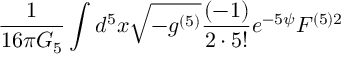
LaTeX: \frac { 1 } { 1 6 \pi G _ { 5 } } \int d ^ { 5 } x \sqrt { - g ^ { ( 5 ) } } \frac { ( - 1 ) } { 2 \cdot 5 ! } e ^ { - 5 \psi } F ^ { ( 5 ) 2 }